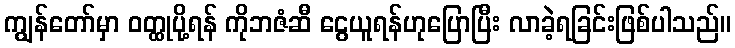
ကျွန်တော်မှာ ဝတ္ထုပို့ရန် ကိုဘဇံဆီ ငွေယူရန်ဟုပြောပြီး လာခဲ့ရခြင်းဖြစ်ပါသည်။